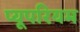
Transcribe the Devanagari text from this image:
प्यूपरियम